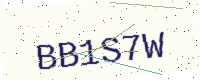
Text: BB1S7W